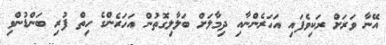
އޭނާ ވަރަށް ރަކިވެފައި އަހަރެންނާއި ދިމާލަށް ބަލާލިގޮތުން އަހަރެންގެ ހިތް ފުރި ބަންޑުންވި